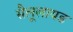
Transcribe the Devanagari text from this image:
सैलूलायड